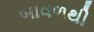
બાવળથી